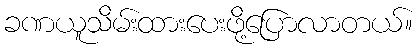
ခဏယူသိမ်းထားပေးဖို့ပြောလာတယ်။